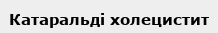
Катаральді холецистит